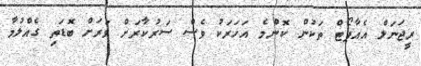
ރީޖަނަލް އެއާޕޯޓް ތަކުން ކޮންމެ އަހަރަކު ވެސް ސަރުކާރަށް ވަރަށް ބޮޑަތި ގެއްލުމާ